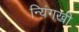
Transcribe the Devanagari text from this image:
न्यिंगख्री